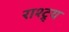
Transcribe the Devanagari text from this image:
राश्ट्र्य